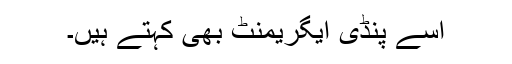
اسے پنڈی ایگریمنٹ بھی کہتے ہیں۔